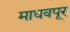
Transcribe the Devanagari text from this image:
माधवपूर